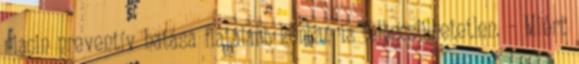
niacin preventív hatása fiatalabb korban is felbecsülhetetlen. – Miért